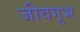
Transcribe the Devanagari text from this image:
जीवगृभ